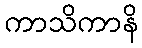
ကာသိကာနိ